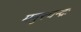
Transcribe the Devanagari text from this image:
मनुश्चन्द्रः